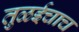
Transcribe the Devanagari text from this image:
तुळईचाच